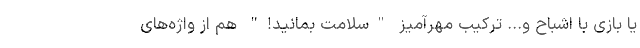
یا بازی با اشباح و... ترکیب مهرآمیز "سلامت بمانید!" هم از واژه‌های